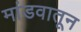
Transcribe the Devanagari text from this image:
मांडवातून